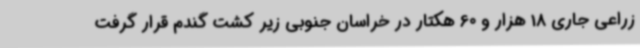
زراعی جاری 18 هزار و 60 هکتار در خراسان جنوبی زیر کشت گندم قرار گرفت